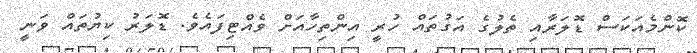
ކޮންމެއަކަސް ޑޮލަރާއި ތެލުގެ އަގުތައް ހުރީ އިންތިހާއަށް ވެއްޓިފައެވެ. ޑޮލަރު ކިޔުތައް ވަނީ